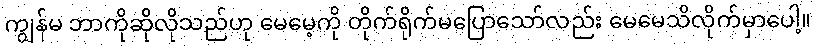
ကျွန်မ ဘာကိုဆိုလိုသည်ဟု မေမေ့ကို တိုက်ရိုက်မပြောသော်လည်း မေမေသိလိုက်မှာပေါ့။